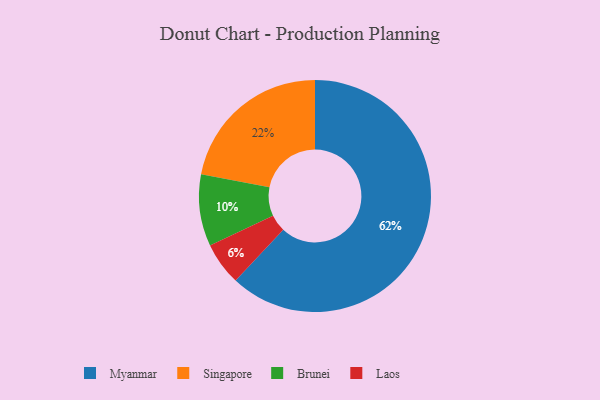
{"axis": {"x": "Category", "y": "Percentage"}, "legend": ["Brunei", "Laos", "Myanmar", "Singapore"], "data": [{"x": "Laos", "y": 6, "type": "Laos"}, {"x": "Brunei", "y": 10, "type": "Brunei"}, {"x": "Singapore", "y": 22, "type": "Singapore"}, {"x": "Myanmar", "y": 62, "type": "Myanmar"}]}